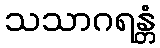
သသာဂရန္တံ